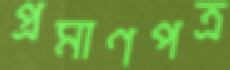
প্রমাণপত্র